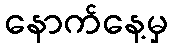
နောက်နေ့မှ